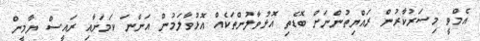
އެމްވީ މިސަރުކާރުން ރައްޔިތުންނަށް ބޮޑެތި އޮޅުވާލުންތަކެއް އޮޅުވާލަމުން އަންނަ ކަމަށާއި ރައީސް ޔާމީން